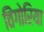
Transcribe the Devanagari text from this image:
विंगोरिया